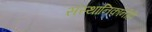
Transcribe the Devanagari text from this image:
संस्थानिकांनीही